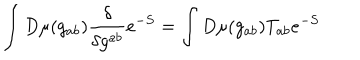
\int D \mu ( g _ { a b } ) \frac { \delta } { \delta g ^ { a b } } e ^ { - S } = \int D \mu ( g _ { a b } ) T _ { a b } e ^ { - S }